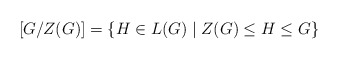
\begin{align*}[G/Z(G)]=\{H\in L(G)\mid Z(G)\leq H\leq G\}\end{align*}